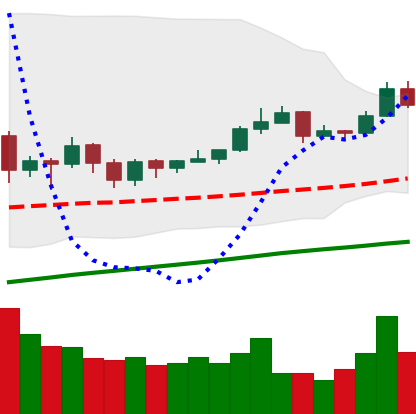
Ticker: EOS-USD
Chart end date: 2019-06-23
Forward return: -13.648%
Label: down_7plus